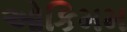
ઓકિમમ